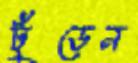
ঢুঁড়েন